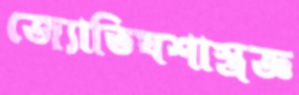
জ্যোতিষশাস্ত্রজ্ঞ